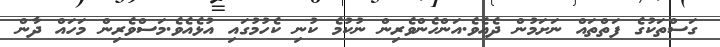
ގަސްތަކުގެ ފަތްތައް ނަށަމުން ދެއެވެ.އަންހެންވެރިން ނުކުމެ ކުނި ކެހުމުގައި އުޅެއެވެ.މަސްވެރިން މަހައް ދާން